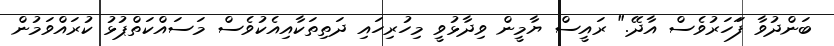
ބަންދުވާ ފަަހަރުވެސް އާދޭ." ރައީސް ޔާމީން ވިދާޅުވީ މިހުރިހައި ދަތިތަކާއިއެކުވެސް މަސައްކަތްޕުޅު ކުރައްވަމުން